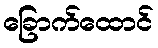
ခြောက်ထောင်